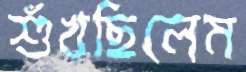
শুঁখছিলেম